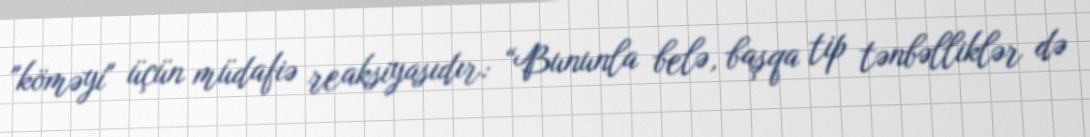
"köməyi" üçün müdafiə reaksiyasıdır: “Bununla belə, başqa tip tənbəlliklər də